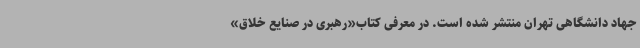
جهاد دانشگاهی تهران منتشر شده است. در معرفی کتاب«رهبری در صنایع خلاق»